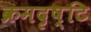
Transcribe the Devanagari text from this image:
क्रमदृष्टि